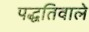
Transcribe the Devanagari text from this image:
पद्धतिवाले